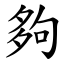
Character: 夠